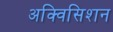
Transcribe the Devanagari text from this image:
अक्विसिशन